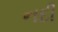
નદી